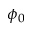
\phi _ { 0 }